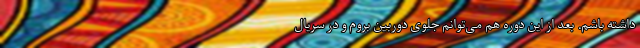
داشته باشم. بعد از این دوره هم می‌توانم جلوی دوربین بروم و در سریال